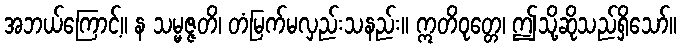
အဘယ်ကြောင့်။ န သမ္မဇ္ဇတိ၊ တံမြက်မလှည်းသနည်း။ ဣတိဝုတ္တေ၊ ဤသို့ဆိုသည်ရှိသော်။